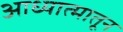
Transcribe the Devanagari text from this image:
आध्यात्मातून